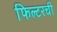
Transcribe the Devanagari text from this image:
फिल्टरची